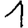
Digit: 1